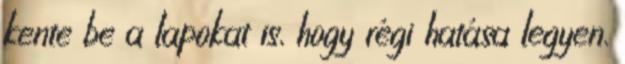
kente be a lapokat is, hogy régi hatása legyen.